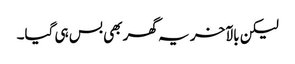
لیکن بالآخر یہ گھر بھی بس ہی گیا۔